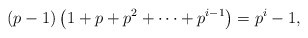
\begin{align*}(p-1) \left(1+p+p^2 +\cdots + p^{i-1}\right) = p^i-1,\end{align*}